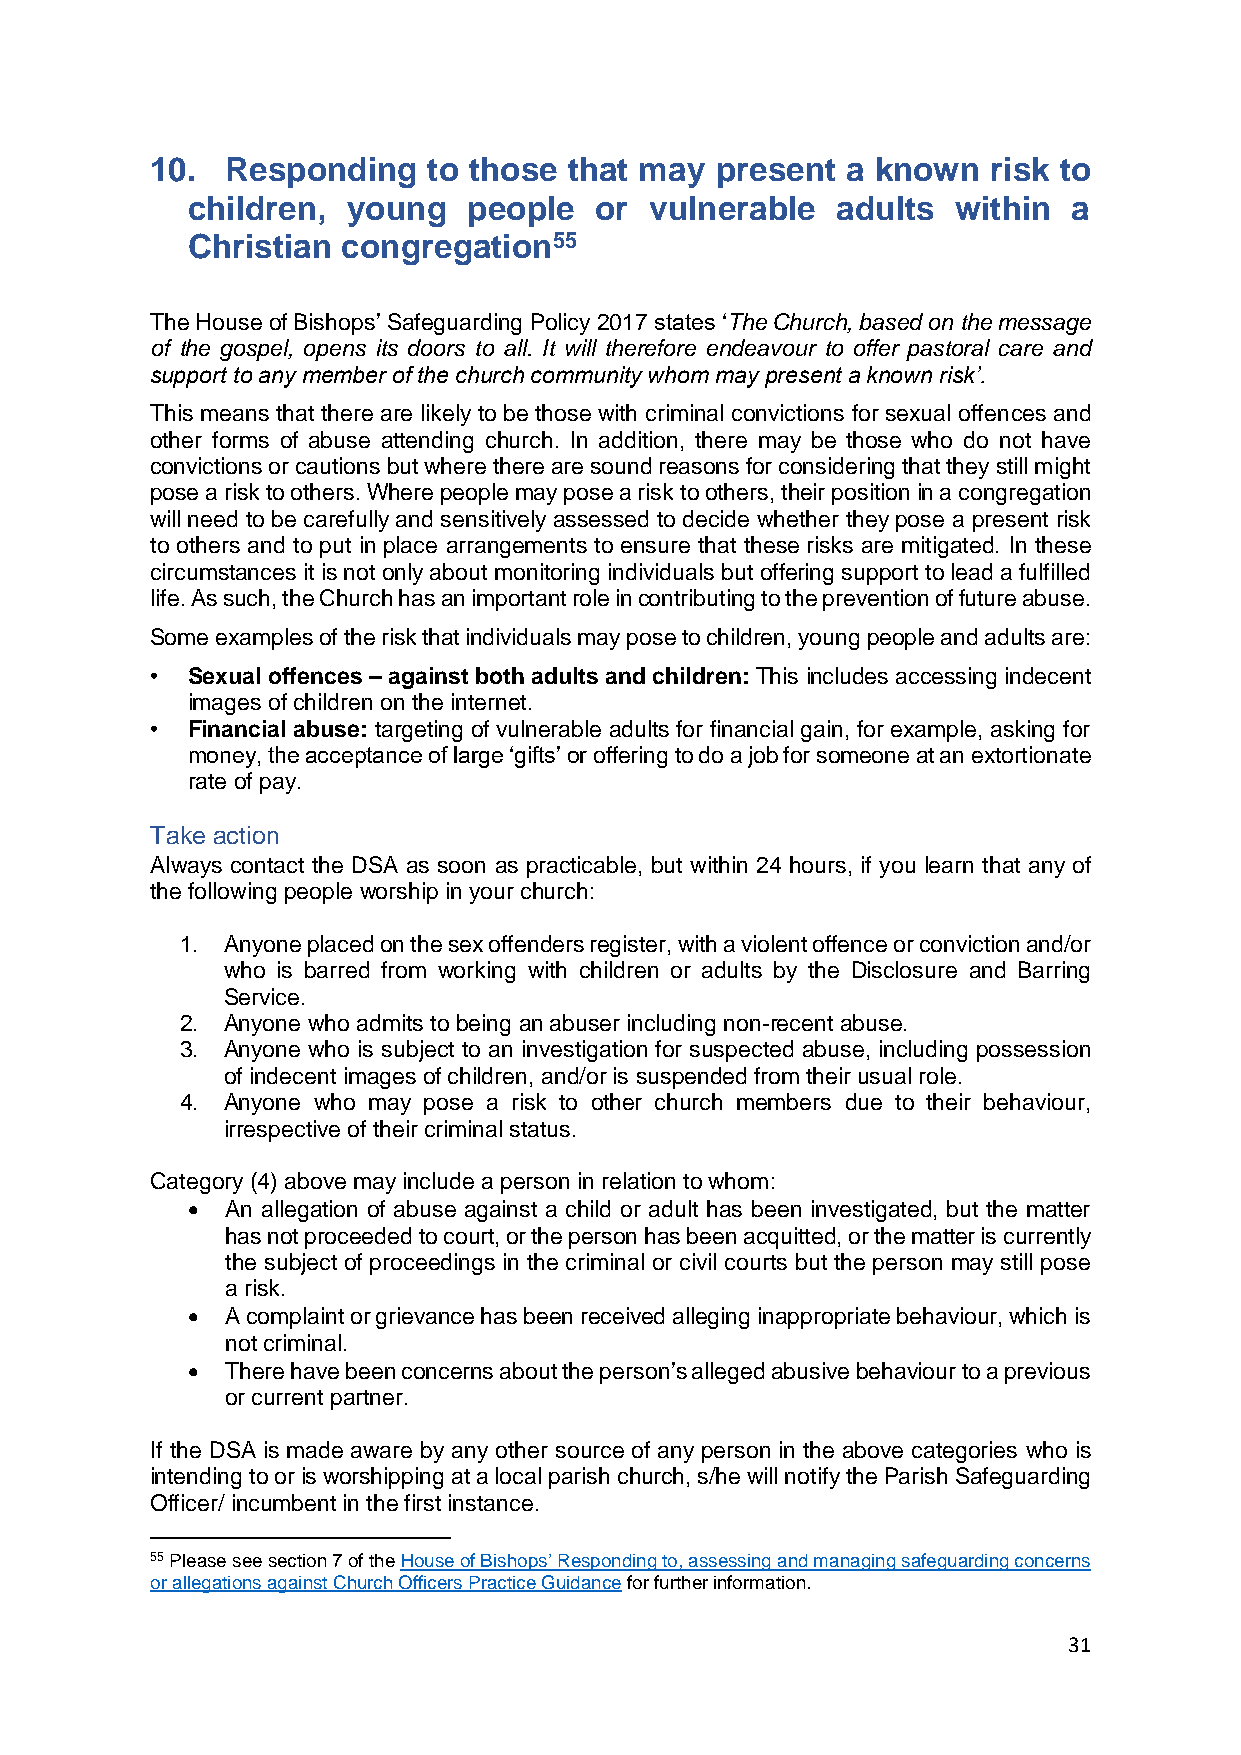
10.  Responding   to those  that may present  a known   risk to
 children,  young   people  or  vulnerable  adults  within  a
 Christian  congregation55
 The House of Bishops’ Safeguarding Policy 2017 states ‘The Church, based on the message
 of the gospel, opens its doors to all. It will therefore endeavour to offer pastoral care and
 support to any member of the church community whom may present a known risk’.
 This means that there are likely to be those with criminal convictions for sexual offences and
 other forms of abuse attending church. In addition, there may be those who do not have
 convictions or cautions but where there are sound reasons for considering that they still might
 pose a risk to others. Where people may pose a risk to others, their position in a congregation
 will need to be carefully and sensitively assessed to decide whether they pose a present risk
 to others and to put in place arrangements to ensure that these risks are mitigated. In these
 circumstances it is not only about monitoring individuals but offering support to lead a fulfilled
 life. As such, the Church has an important role in contributing to the prevention of future abuse.
 Some examples of the risk that individuals may pose to children, young people and adults are:
 • Sexual offences – against both adults and children: This includes accessing indecent
 images of children on the internet.
 • Financial abuse: targeting of vulnerable adults for financial gain, for example, asking for
 money, the acceptance of large ‘gifts’ or offering to do a job for someone at an extortionate
 rate of pay.
 Take action
 Always contact the DSA as soon as practicable, but within 24 hours, if you learn that any of
 the following people worship in your church:
 1. Anyone placed on the sex offenders register, with a violent offence or conviction and/or
 who is barred from working with children or adults by the Disclosure and Barring
 Service.
 2. Anyone who admits to being an abuser including non-recent abuse.
 3. Anyone who is subject to an investigation for suspected abuse, including possession
 of indecent images of children, and/or is suspended from their usual role.
 4. Anyone who may pose a risk to other church members due to their behaviour,
 irrespective of their criminal status.
 Category (4) above may include a person in relation to whom:
 •  An allegation of abuse against a child or adult has been investigated, but the matter
 has not proceeded to court, or the person has been acquitted, or the matter is currently
 the subject of proceedings in the criminal or civil courts but the person may still pose
 a risk.
 •  A complaint or grievance has been received alleging inappropriate behaviour, which is
 not criminal.
 •  There have been concerns about the person’s alleged abusive behaviour to a previous
 or current partner.
 If the DSA is made aware by any other source of any person in the above categories who is
 intending to or is worshipping at a local parish church, s/he will notify the Parish Safeguarding
 Officer/ incumbent in the first instance.
 55 Please see section 7 of the House of Bishops’ Responding to, assessing and managing safeguarding concerns
 or allegations against Church Officers Practice Guidance for further information.
 31